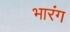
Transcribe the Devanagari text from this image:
भारंग